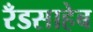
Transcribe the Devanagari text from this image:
रँडसाहेब